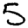
Digit: 5